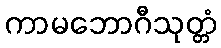
ကာမဘောဂီသုတ္တံ